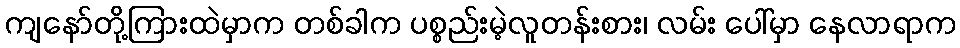
ကျနော်တို့ကြားထဲမှာက တစ်ခါက ပစ္စည်းမဲ့လူတန်းစား၊ လမ်း ပေါ်မှာ နေလာရာက